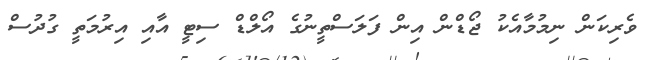
ވެރިކަން ނިމުމާއެކު ޖޯޑްން އިން ފަލަސްތީނުގެ އޯލްޑް ސިޓީ އާއި އިރުމަތީ ގުދުސް